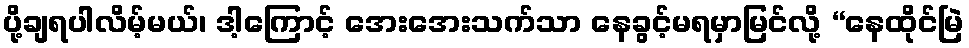
ပို့ချရပါလိမ့်မယ်၊ ဒါ့ကြောင့် အေးအေးသက်သာ နေခွင့်မရမှာမြင်လို့ “နေထိုင်မြဲ